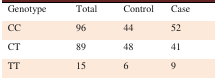
| Genotype | Total | Control | Case |
 | --- | --- | --- | --- |
 | CC | 96 | 44 | 52 |
 | CT | 89 | 48 | 41 |
 | TT | 15 | 6 | 9 |